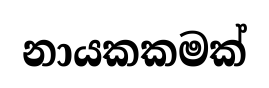
නායකකමක්